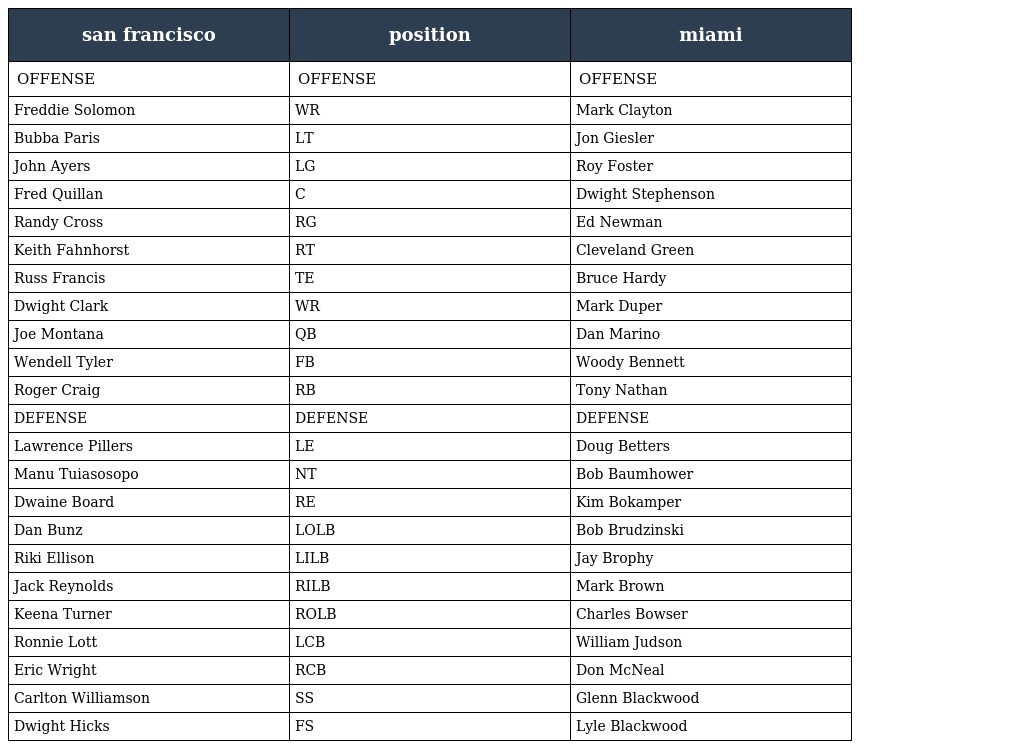
| san francisco | position | miami |
 | --- | --- | --- |
 | OFFENSE | OFFENSE | OFFENSE |
 | Freddie Solomon | WR | Mark Clayton |
 | Bubba Paris | LT | Jon Giesler |
 | John Ayers | LG | Roy Foster |
 | Fred Quillan | C | Dwight Stephenson |
 | Randy Cross | RG | Ed Newman |
 | Keith Fahnhorst | RT | Cleveland Green |
 | Russ Francis | TE | Bruce Hardy |
 | Dwight Clark | WR | Mark Duper |
 | Joe Montana | QB | Dan Marino |
 | Wendell Tyler | FB | Woody Bennett |
 | Roger Craig | RB | Tony Nathan |
 | DEFENSE | DEFENSE | DEFENSE |
 | Lawrence Pillers | LE | Doug Betters |
 | Manu Tuiasosopo | NT | Bob Baumhower |
 | Dwaine Board | RE | Kim Bokamper |
 | Dan Bunz | LOLB | Bob Brudzinski |
 | Riki Ellison | LILB | Jay Brophy |
 | Jack Reynolds | RILB | Mark Brown |
 | Keena Turner | ROLB | Charles Bowser |
 | Ronnie Lott | LCB | William Judson |
 | Eric Wright | RCB | Don McNeal |
 | Carlton Williamson | SS | Glenn Blackwood |
 | Dwight Hicks | FS | Lyle Blackwood |